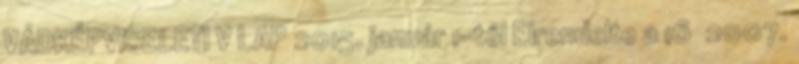
VÁDKÉPVISELETI V LAP 2015. január 1-től Elrendelte a 16 2007.